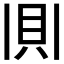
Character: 𫎎